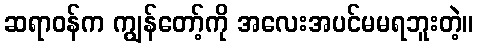
ဆရာဝန်က ကျွန်တော့်ကို အလေးအပင်မမရဘူးတဲ့။